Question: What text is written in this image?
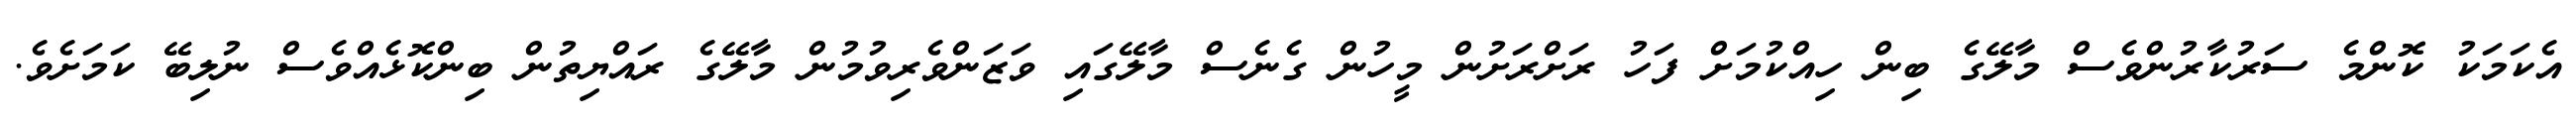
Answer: އެކަމަކު ކޮންމެ ސަރުކާރުންވެސް މާލޭގެ ބިން ހިއްކުމަށް ފަހު ރަށްރަށުން މީހުން ގެނެސް މާލޭގައި ވަޒަންވެރިވުމުން މާލޭގެ ރައްޔިތުން ބިންކޮޅެއްވެސް ނުލިބޭ ކަމަށެވެ.